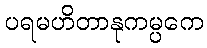
ပရမဟိတာနုကမ္ပကေ